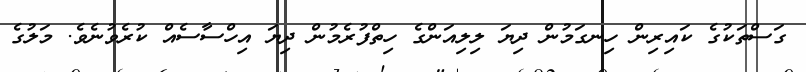
ގަސްތަކުގެ ކައިރިން ހިނގަމުން ދިޔަ ލިލިއަންގެ ހިތްފުރެމުން ދިޔަ އިހްސާސެއް ކުރެވުނެވެ. މަލުގެ